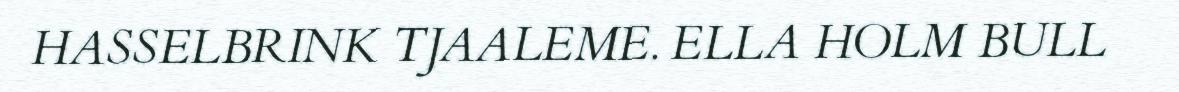
HASSELBRINK TJAALEME. ELLA HOLM BULL